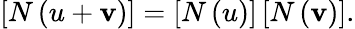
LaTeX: \left[N\left(u+\mathbf{v}\right)\right]=\left[N\left(u\right)\right]\left[N\left(\mathbf{v}\right)\right].